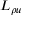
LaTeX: \ L _ { \rho u }